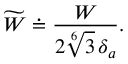
\widetilde { W } \doteq \frac { W } { 2 \sqrt [ 6 ] { 3 } \, \delta _ { a } } .